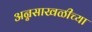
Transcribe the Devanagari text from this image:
अन्नसाखळीच्या